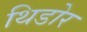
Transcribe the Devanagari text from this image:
थिडोर